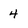
Character: 4